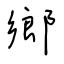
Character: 鄉